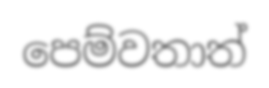
පෙම්වතාත්